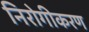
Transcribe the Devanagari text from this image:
निरोगीकरण